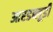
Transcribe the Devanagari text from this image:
आरडब्लूडी